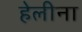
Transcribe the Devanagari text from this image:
हेलीना